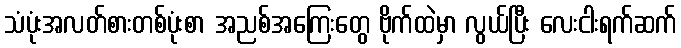
သံပုံးအလတ်စားတစ်ပုံးစာ အညစ်အကြေးတွေ ဗိုက်ထဲမှာ လွယ်ပြီး လေးငါးရက်ဆက်